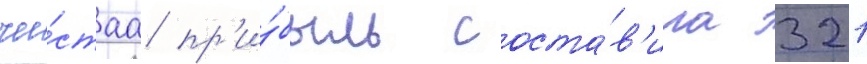
чи́стаа пр'и́быль соста́в'ила 321